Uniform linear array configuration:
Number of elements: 8
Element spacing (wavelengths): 0.25
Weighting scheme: blackman
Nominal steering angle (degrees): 0
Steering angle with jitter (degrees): -1.802
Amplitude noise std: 0.05
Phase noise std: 0.05

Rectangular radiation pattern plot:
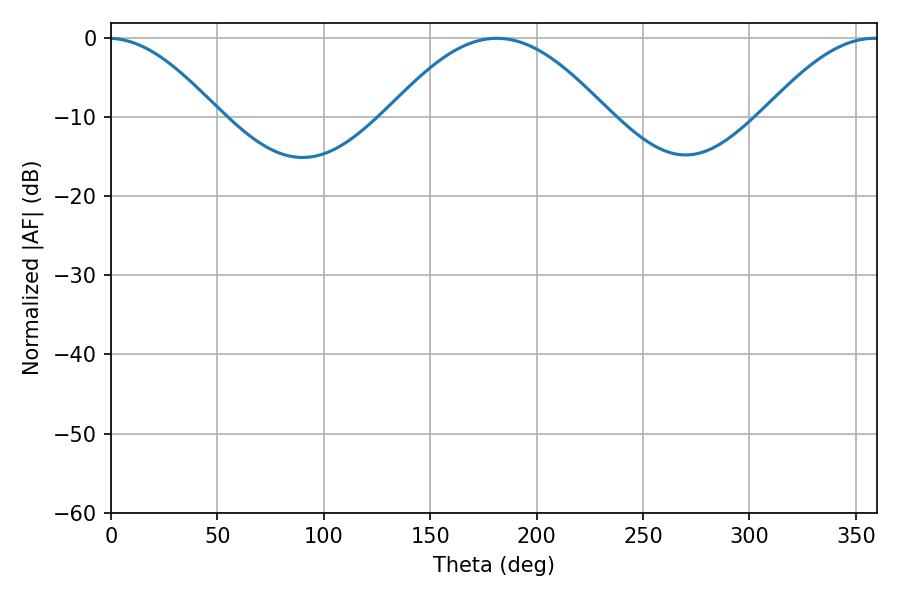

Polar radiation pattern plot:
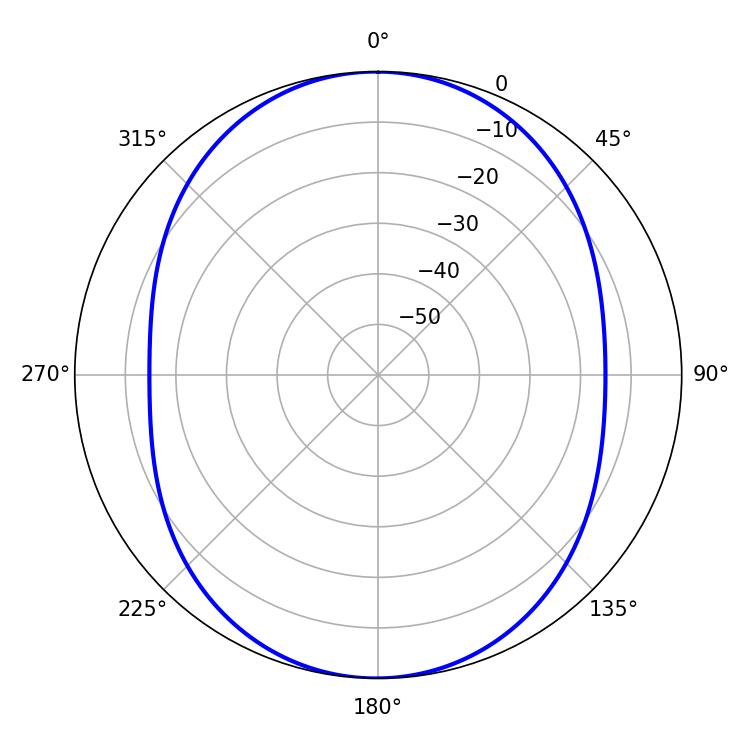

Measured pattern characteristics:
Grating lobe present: FALSE
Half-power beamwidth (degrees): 55.98
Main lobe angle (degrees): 181.26